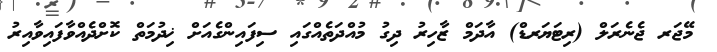
މޭޖަރ ޖެނެރަލް (ރިޓަޔަރޑް) އާދަމް ޒާހިރު ދިގު މުއްދަތެއްގައި ސިފައިންގެއަށް ޚިދުމަތް ކޮށްދެއްވާފައިވާއިރު